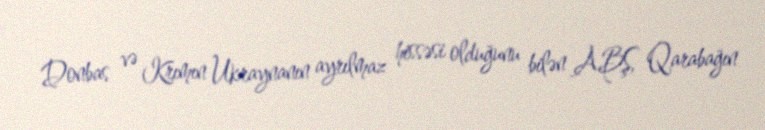
Donbas və Krımın Ukraynanın ayrılmaz hissəsi olduğunu bilən ABŞ, Qarabağın